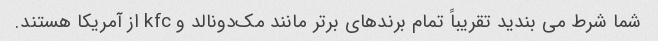
شما شرط می بندید تقریباً تمام برندهای برتر مانند مک‌دونالد و kfc از آمریکا هستند.